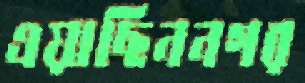
এয়াছিননগর